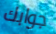
جوابك